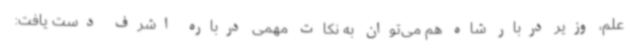
علم، وزیر دربار شاه هم می‌توان به نکات مهمی درباره اشرف دست یافت: